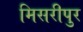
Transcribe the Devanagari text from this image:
मिसरीपुर